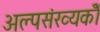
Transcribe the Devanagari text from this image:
अल्पसंख्यकोँ